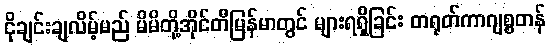
ငိုချင်းချလိမ့်မည် မိမိတို့အိုင်တီမြန်မာတွင် များရရှိခြင်း တရုတ်ကာဂျစ္စတန်